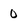
Character: 0